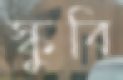
স্কুবি